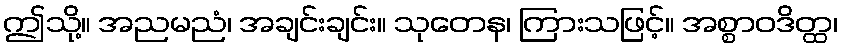
ဤသို့။ အညမညံ၊ အချင်းချင်း။ သုတေန၊ ကြားသဖြင့်။ အစ္စာဝဒိတ္ထ၊